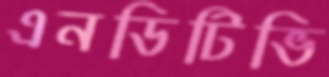
এনডিটিভি